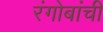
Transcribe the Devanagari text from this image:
रंगोबांची